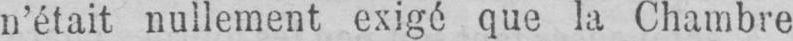
n’était nullement exigé que la Chambre